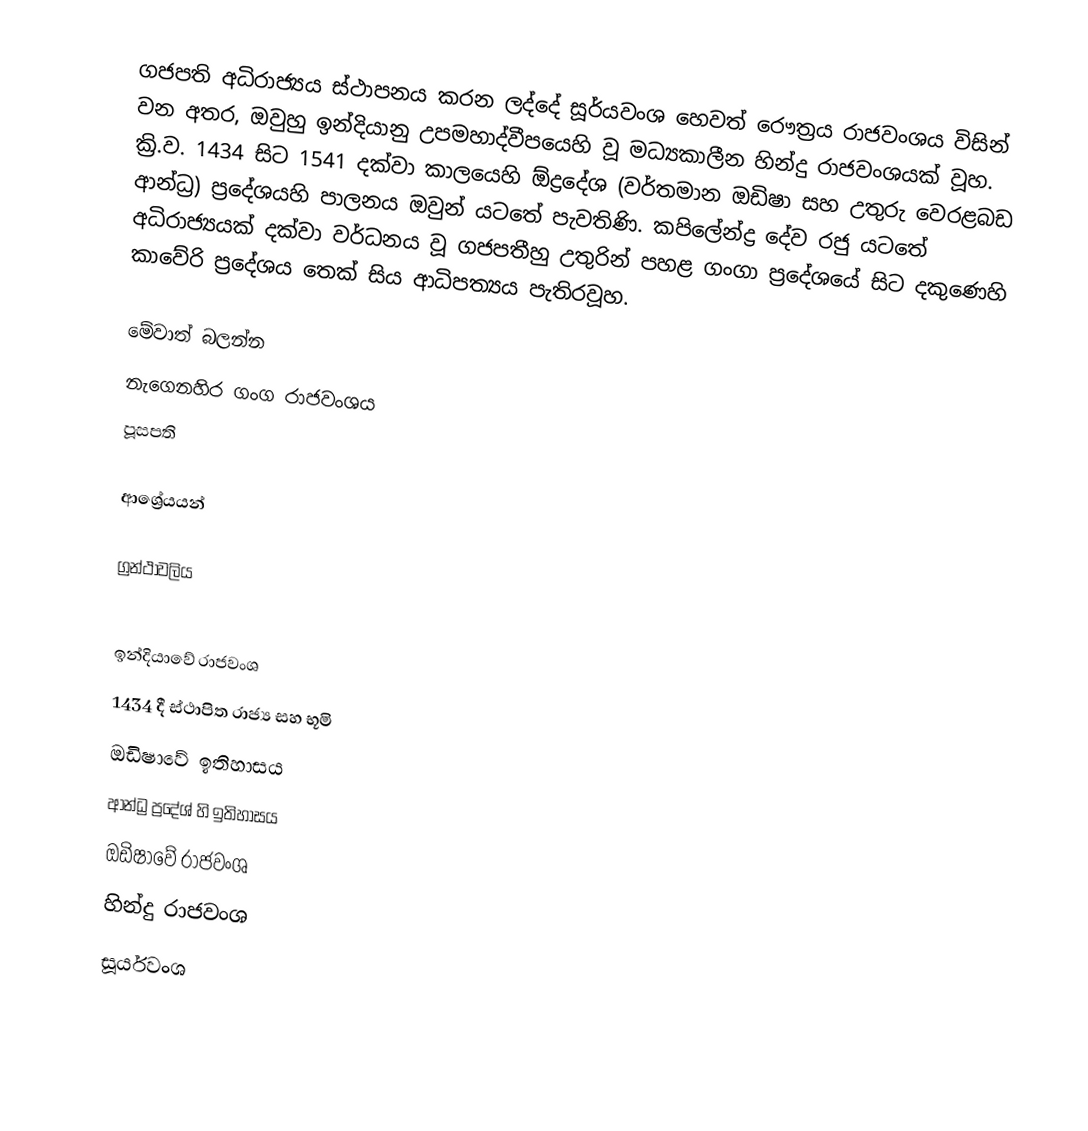
ගජපති අධිරාජ්‍යය ස්ථාපනය කරන ලද්දේ සූර්යවංශ හෙවත් රෞත්‍රය රාජවංශය විසින් වන අතර, ඔවුහු ඉන්දියානු උපමහාද්වීපයෙහි වූ මධ්‍යකාලීන හින්දු රාජවංශයක් වූහ. ක්‍රි.ව. 1434 සිට 1541 දක්වා කාලයෙහි ඕද්‍රදේශ (වර්තමාන ඔඩිෂා සහ උතුරු වෙරළබඩ ආන්ධ්‍ර) ප්‍රදේශයහි පාලනය ඔවුන් යටතේ පැවතිණි. කපිලේන්ද්‍ර දේව රජු යටතේ අධිරාජ්‍යයක් දක්වා වර්ධනය වූ ගජපතීහු උතුරින් පහළ ගංගා ප්‍රදේශයේ සිට දකුණෙහි කාවේරි ප්‍රදේශය තෙක් සිය ආධිපත්‍යය පැතිරවූහ.

මේවාත් බලන්න
 නැගෙනහිර ගංග රාජවංශය
 පූසපති

ආශ්‍රේයයන්

ග්‍රන්ථාවලිය

ඉන්දියාවේ රාජවංශ
1434 දී ස්ථාපිත රාජ්‍ය සහ භූමි
ඔඩිෂාවේ ඉතිහාසය
ආන්ධ්‍ර ප්‍රදේශ් හි ඉතිහාසය
ඔඩිෂාවේ රාජවංශ
හින්දු රාජවංශ
සූර්යවංශ